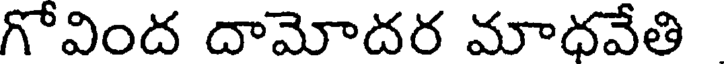
గోవింద దామోదర మాధవేతి